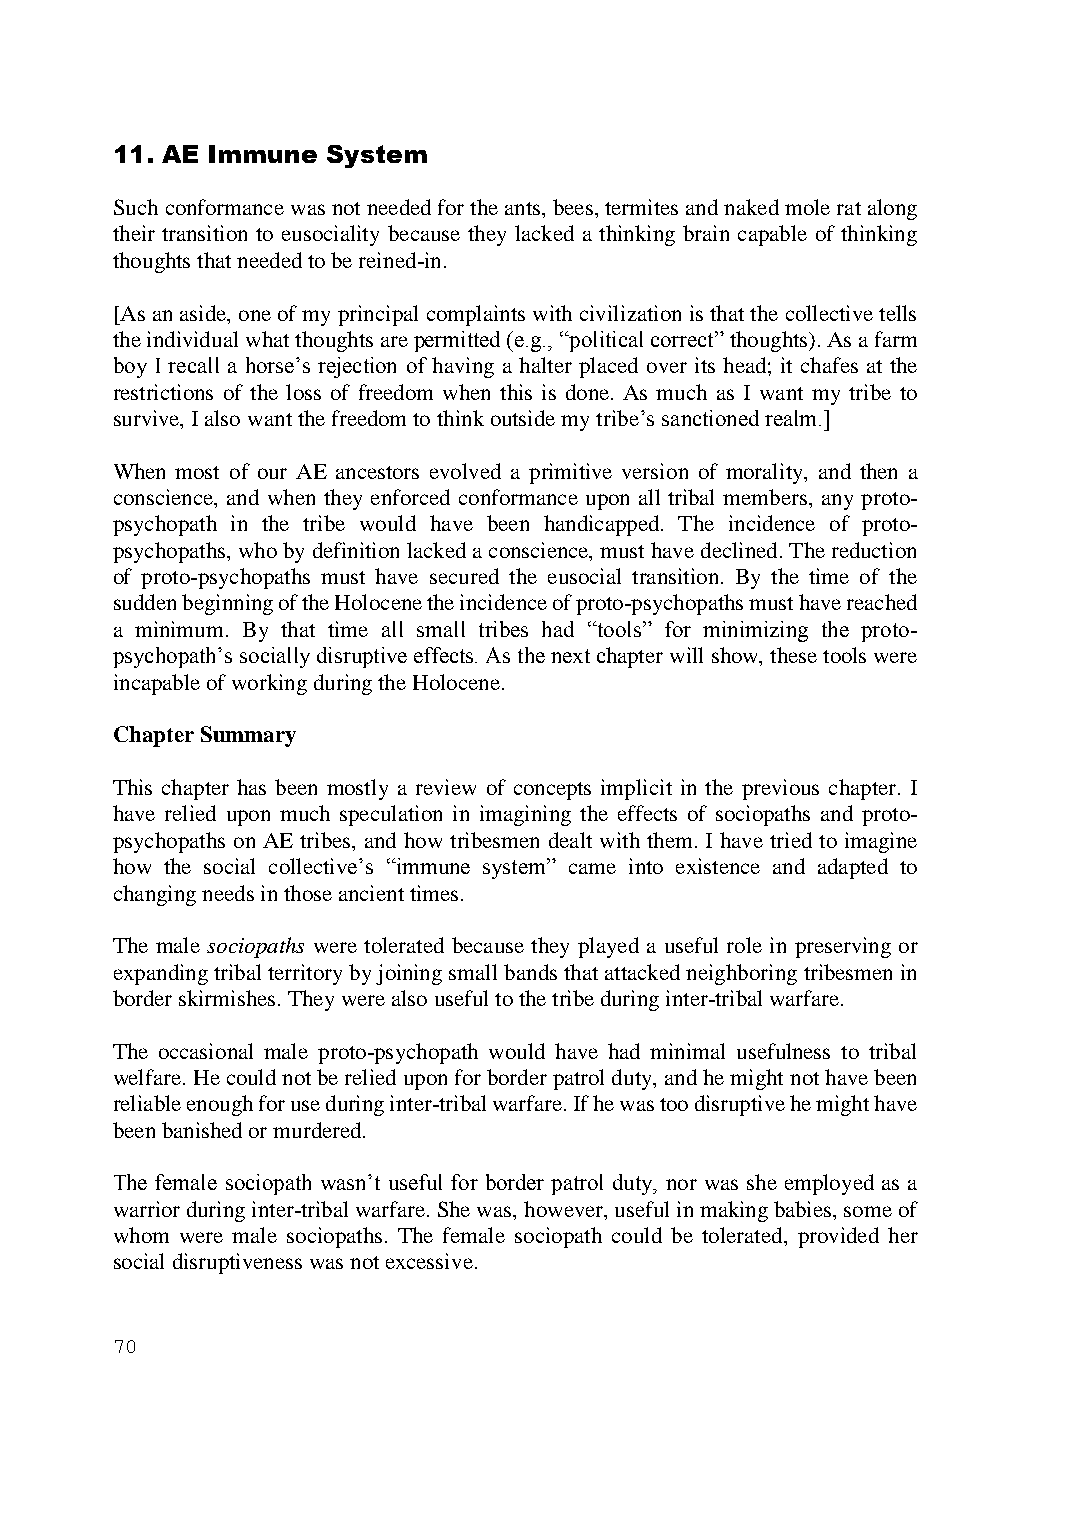
11. AE Immune  System
 Such conformance was not needed for the ants, bees, termites and naked mole rat along
 their transition to eusociality because they lacked a thinking brain capable of thinking
 thoughts that needed to be reined-in.
 [As an aside, one of my principal complaints with civilization is that the collective tells
 the individual what thoughts are permitted (e.g., “political correct” thoughts). As a farm
 boy I recall a horse’s rejection of having a halter placed over its head; it chafes at the
 restrictions of the loss of freedom when this is done. As much as I want my tribe to
 survive, I also want the freedom to think outside my tribe’s sanctioned realm.]
 When most of our AE ancestors evolved a primitive version of morality, and then a
 conscience, and when they enforced conformance upon all tribal members, any proto-
 psychopath in the tribe would have been handicapped. The incidence of proto-
 psychopaths, who by definition lacked a conscience, must have declined. The reduction
 of proto-psychopaths must have secured the eusocial transition. By the time of the
 sudden beginning of the Holocene the incidence of proto-psychopaths must have reached
 a minimum. By that time all small tribes had “tools” for minimizing the proto-
 psychopath’s socially disruptive effects. As the next chapter will show, these tools were
 incapable of working during the Holocene.
 Chapter Summary
 This chapter has been mostly a review of concepts implicit in the previous chapter. I
 have relied upon much speculation in imagining the effects of sociopaths and proto-
 psychopaths on AE tribes, and how tribesmen dealt with them. I have tried to imagine
 how the social collective’s “immune system” came into existence and adapted to
 changing needs in those ancient times.
 The male sociopaths were tolerated because they played a useful role in preserving or
 expanding tribal territory by joining small bands that attacked neighboring tribesmen in
 border skirmishes. They were also useful to the tribe during inter-tribal warfare.
 The occasional male proto-psychopath would have had minimal usefulness to tribal
 welfare. He could not be relied upon for border patrol duty, and he might not have been
 reliable enough for use during inter-tribal warfare. If he was too disruptive he might have
 been banished or murdered.
 The female sociopath wasn’t useful for border patrol duty, nor was she employed as a
 warrior during inter-tribal warfare. She was, however, useful in making babies, some of
 whom were male sociopaths. The female sociopath could be tolerated, provided her
 social disruptiveness was not excessive.
 70